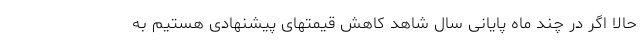
حالا اگر در چند ماه پایانی سال شاهد کاهش قیمتهای پیشنهادی هستیم به